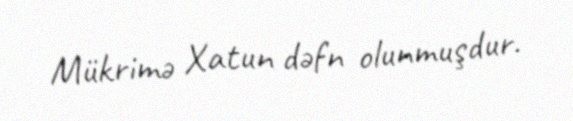
Mükrimə Xatun dəfn olunmuşdur.